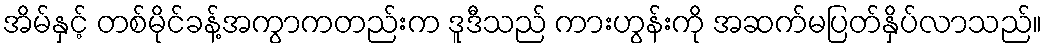
အိမ်နှင့် တစ်မိုင်ခန့်အကွာကတည်းက ဒူဒီသည် ကားဟွန်းကို အဆက်မပြတ်နှိပ်လာသည်။